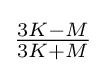
{\tfrac {3K-M}{3K+M}}